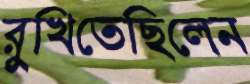
রুখিতেছিলেন